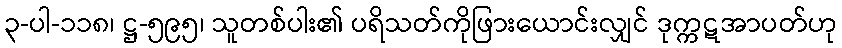
၃-ပါ-၁၁၈၊ ဋ္ဌ-၅၉၅၊ သူတစ်ပါး၏ ပရိသတ်ကိုဖြားယောင်းလျှင် ဒုက္ကဋအာပတ်ဟု